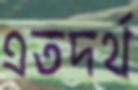
এতদর্থ